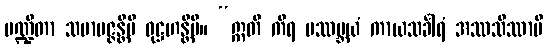
ပဏ္ဍိတာ သမာပဇ္ဇန္တိပိ ဝုဋ္ဌဟန္တိပိ။ “ဣတိ ကိရ ပဿမ္ဘယံ ကာယသင်္ခါရံ အဿသိဿာမိ